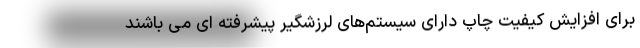
برای افزایش کیفیت چاپ دارای سیستم‌های لرزشگیر پیشرفته ای می باشند